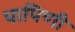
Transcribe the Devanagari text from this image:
पापिणी